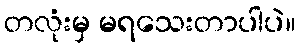
တလုံးမှ မရသေးတာပါပဲ။